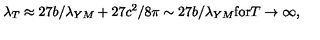
\lambda _ { T } \approx 2 7 b / \lambda _ { Y M } + 2 7 c ^ { 2 } / 8 \pi \sim 2 7 b / \lambda _ { Y M } \mathrm { f o r } T \rightarrow \infty ,